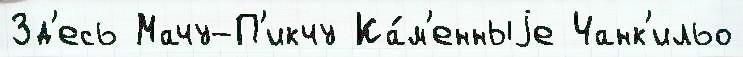
Зд'есь Мачу-П'икчу Ка́м'енныjе Чанк'ильо